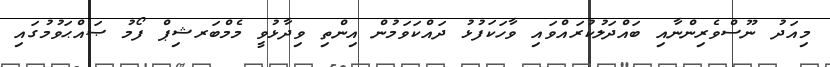
މިއަދު ނޫސްވެރިންނާއި ބައްދަލުކުރައްވައި ވާހަކަފުޅު ދައްކަވަމުން އިންތި ވިދާޅުވީ މެމްބަރޝިޕް ފޯމު ޞައްޙަވުމުގައި